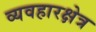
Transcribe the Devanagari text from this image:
व्यवहारक्षेत्र